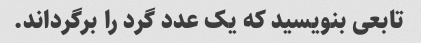
تابعی بنویسید که یک عدد گرد را برگرداند.